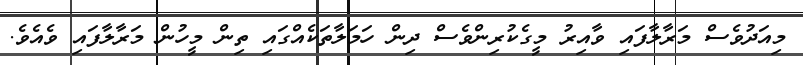
މިއަދުވެސް މަރާލާފައި ވާއިރު މީގެކުރިންވެސް ދިން ހަމަލާތަކެއްގައި ތިން މީހުން މަރާލާފައި ވެއެވެ.